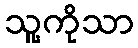
သူ့ကိုသာ